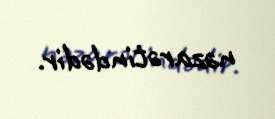
nəzarətindədir.